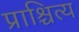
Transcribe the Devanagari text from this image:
प्राश्चित्य